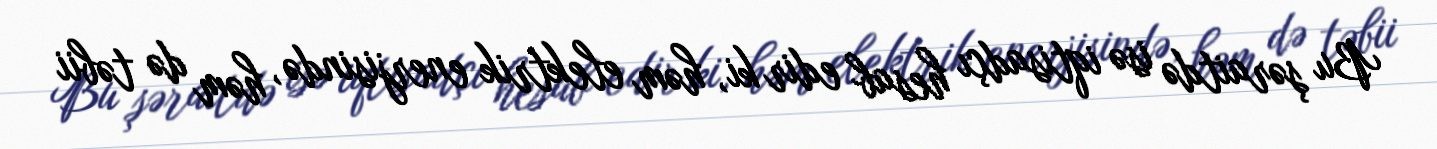
Bu şəraitdə isə iqtisadçı hesab edir ki, həm elektrik enerjisində, həm də təbii